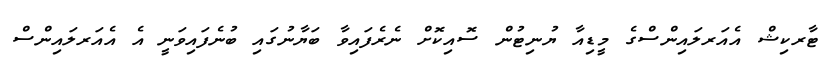
ޓާރކިޝް އެއަރލައިންސްގެ މީޑިއާ ޔުނިޓުން ސޮއިކޮށް ނެރެފައިވާ ބަޔާނުގައި ބުނެފައިވަނީ އެ އެއަރލައިންސް